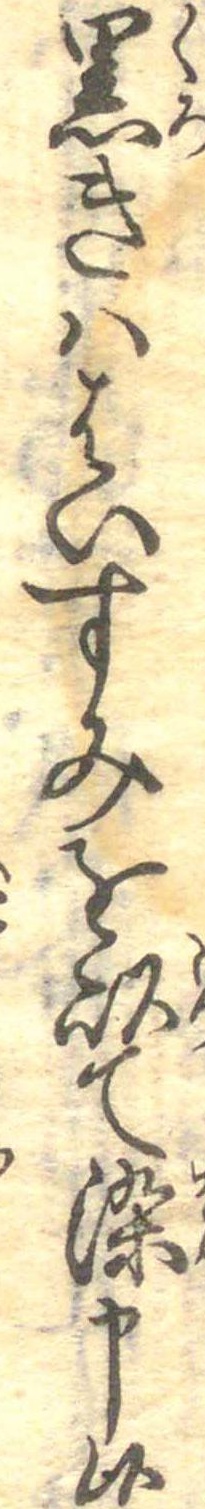
黒きははいすみを以て染申候